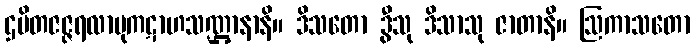
ဌပိတဇဇ္ဇရလာဗုကဋာဟသဏ္ဌာနာနိ။ ဒိသတော ဒွီသု ဒိသာသု ဇာတာနိ။ ဩကာသတော